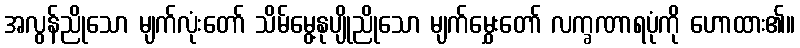
အလွန်ညိုသော မျက်လုံးတော် သိမ်မွေ့နုပျိုညိုသော မျက်မွှေးတော် လက္ခဏာရပုံကို ဟောထား၏။